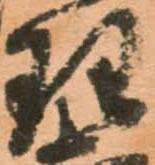
理